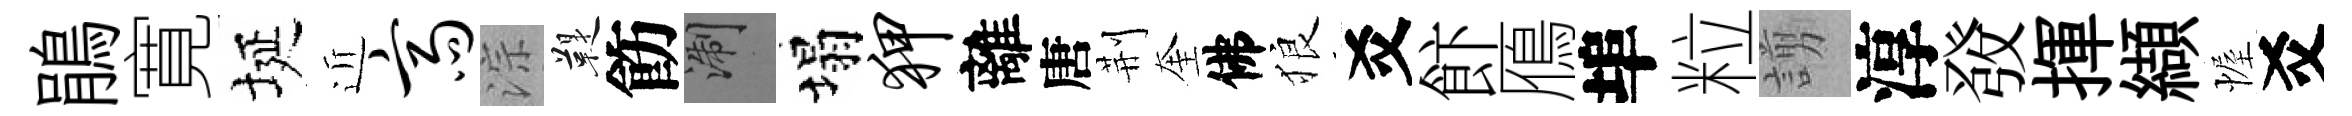
鵑寛埏近斋淙鞮飭浙塌狎離唐荆奎佛狼爻飰鴈埠粒謭淳𤼲揮纈幄爻